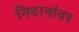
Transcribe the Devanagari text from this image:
निदानांवर